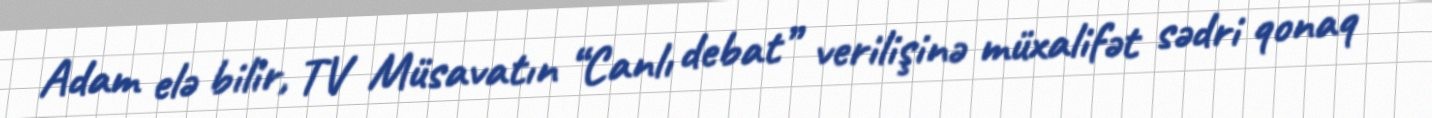
Adam elə bilir, TV Müsavatın “Canlı debat” verilişinə müxalifət sədri qonaq